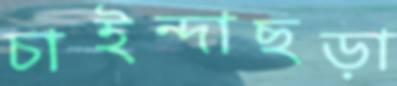
চাইন্দাছড়া